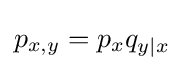
p_{x,y}=p_{x}q_{y|x}